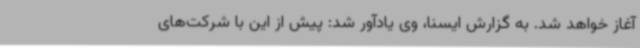
آغاز خواهد شد. به گزارش ایسنا، وی یادآور شد: پیش از این با شرکت‌های